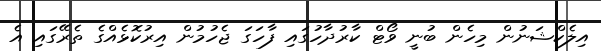
އިލެކްޝަނުން މިހެން ބުނީ ވޯޓް ކާރުދާހުގައި ފާހަގަ ޖެހުމުން އިރުކޮޅެއްގެ ތެރޭގައި އެ